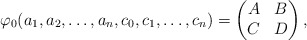
\begin{align*}\varphi_{0}(a_{1},a_{2},\ldots,a_{n},c_{0},c_{1},\ldots,c_{n})=\begin{pmatrix}A & B\\C & D\end{pmatrix},\end{align*}